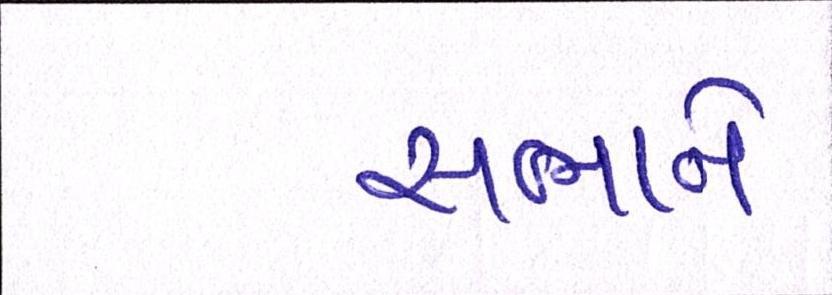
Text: સભાને